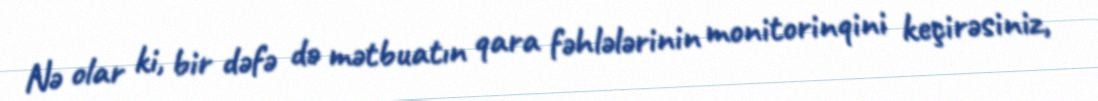
Nə olar ki, bir dəfə də mətbuatın qara fəhlələrinin monitorinqini keçirəsiniz,